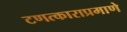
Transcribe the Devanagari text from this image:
टणत्काराप्रमाणे